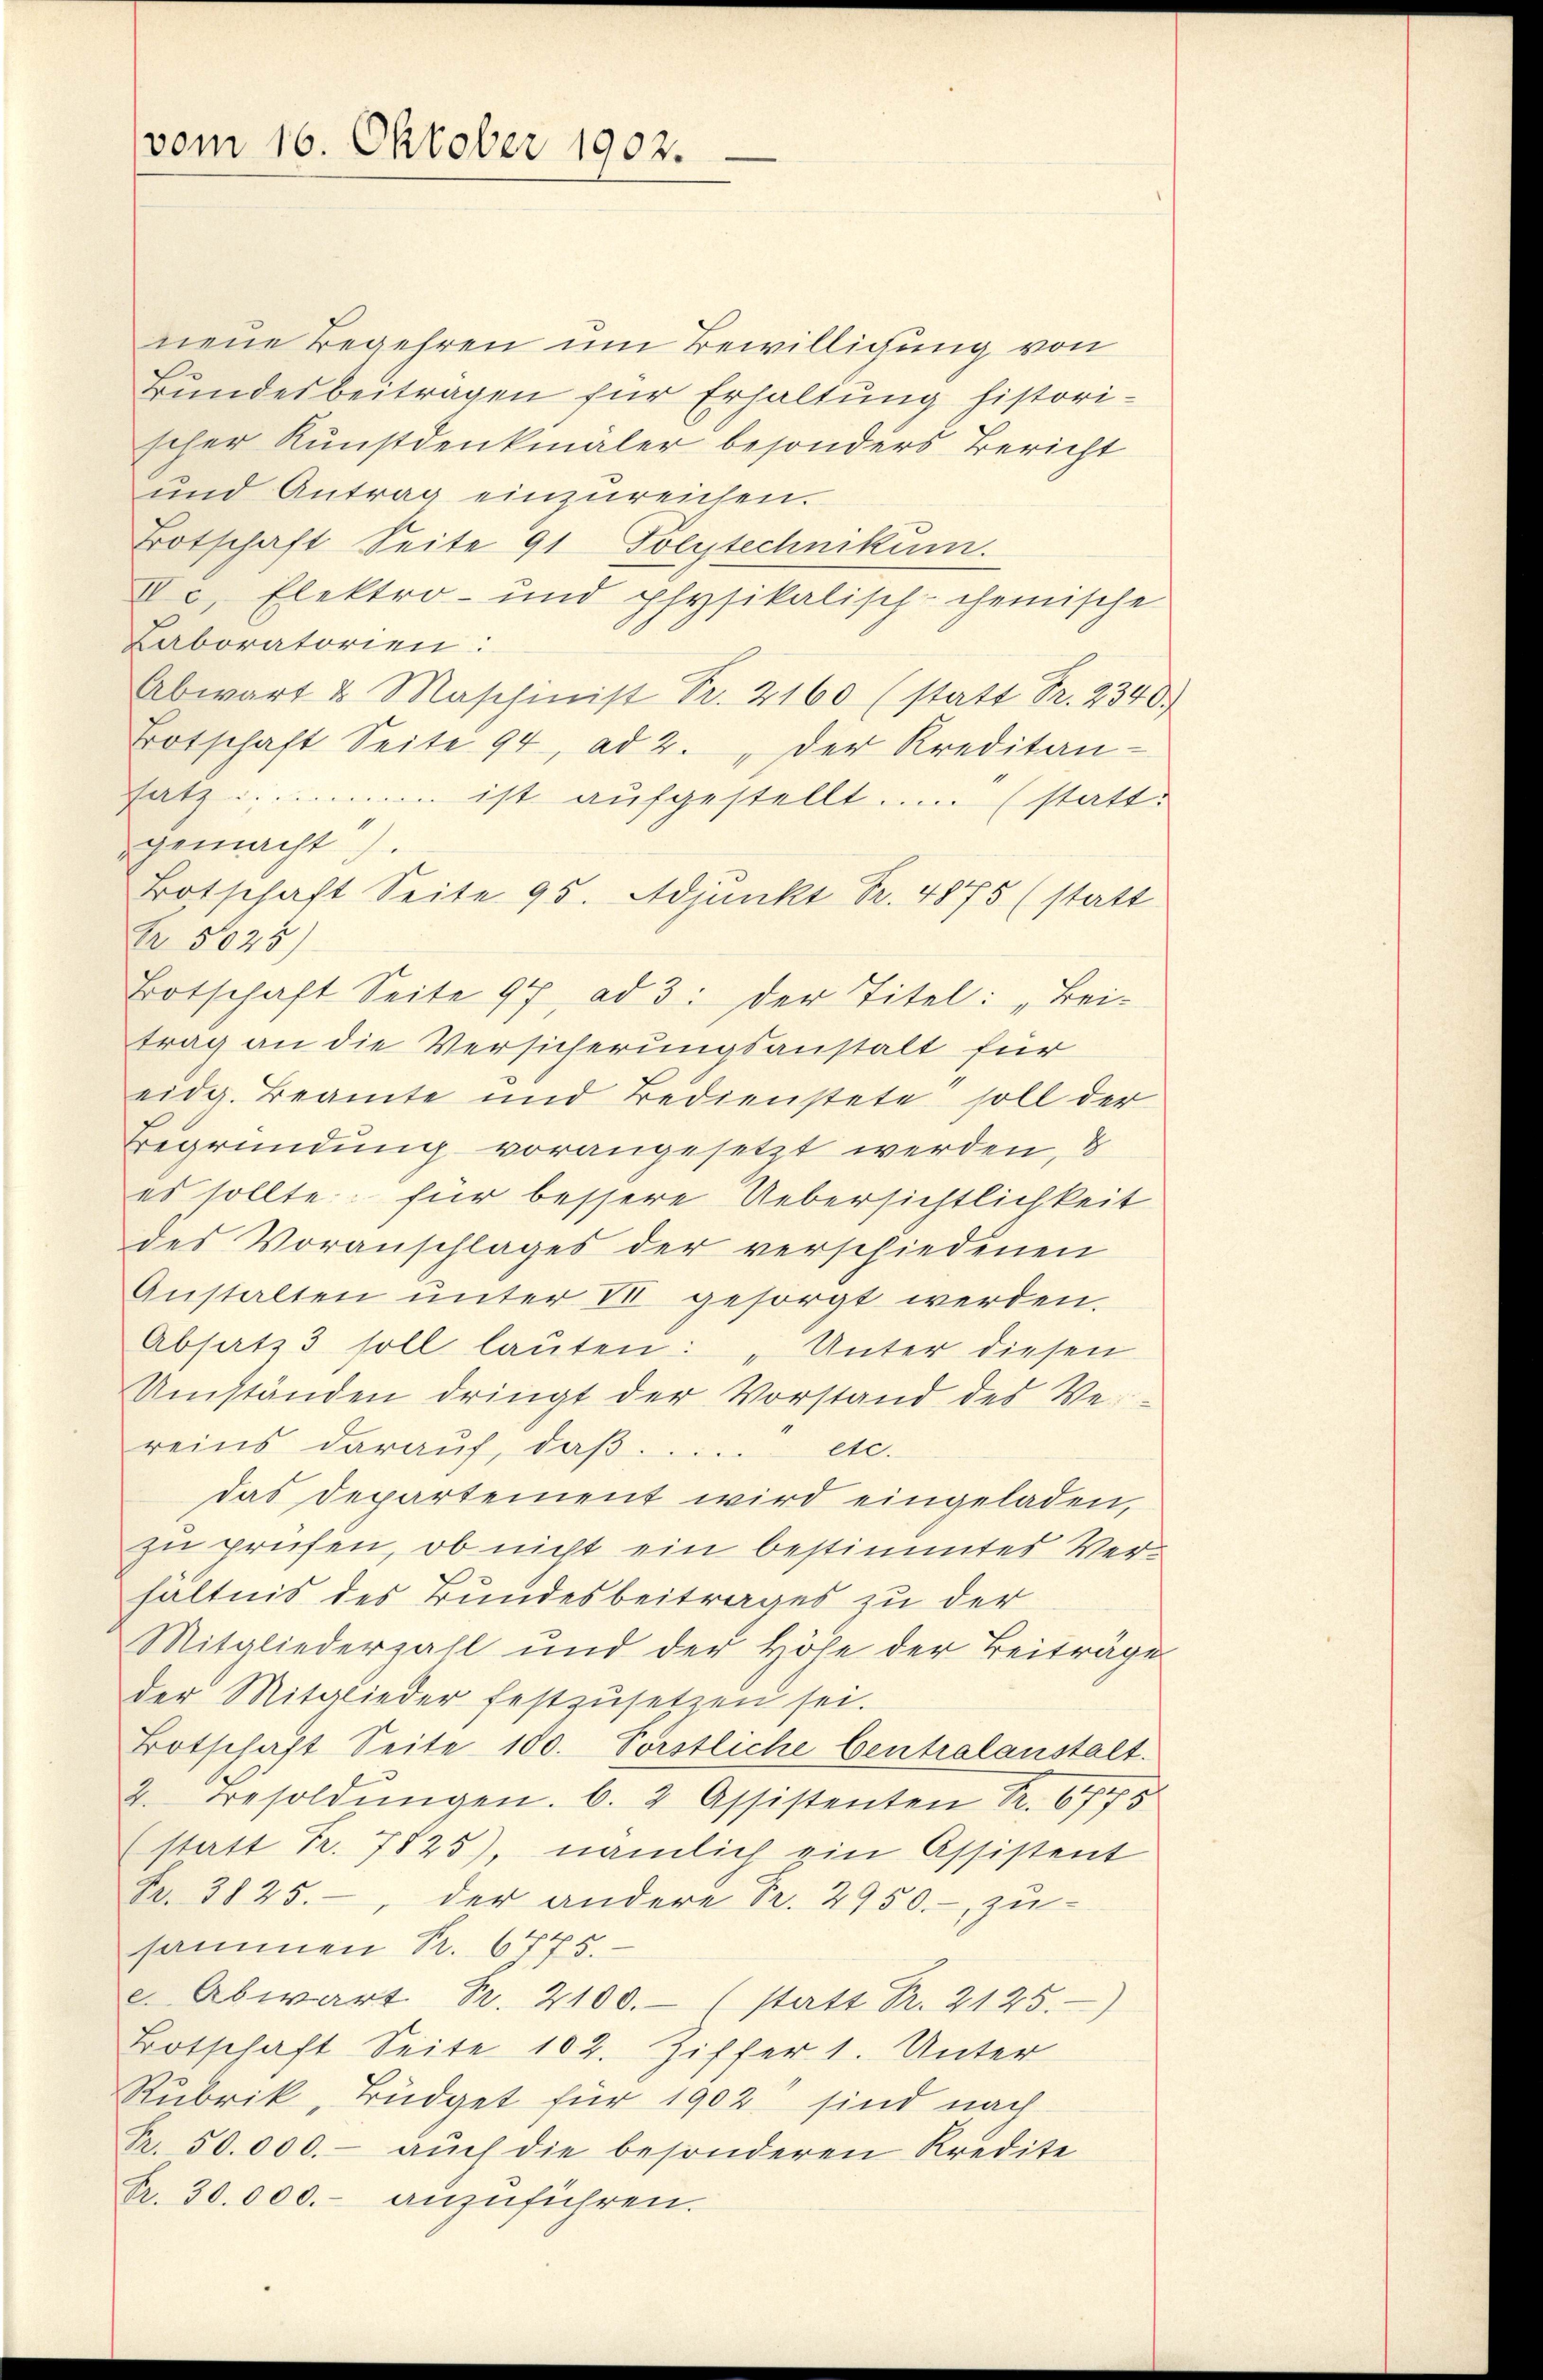
vom 16. Oktober 1902.

neue Begehren um Bewilligung von
Bundesbeiträgen für Erhaltung histori-
scher Kunstdenkmaler besonders Bericht
und Antrag einzureichen.
Botschaft Seite 91 Polytechnikum.
Ec, Elektro- und physikalisch-chemische
Laboratorien:
Abwart & Maschinist Fr. 2160 (statt Fr. 2340.
Botschaft Seite 94, ad 2. " der Kreditan-
satz: ... ist aufgestellt.. ... (statt.
gemacht).
Botschaft Seite 95. Adjunkt Fr. 4875 (statt
Nr. 5025)
Botschaft Seite 97, ad 3: der Titel: „Bei-
trag an die Versicherungsanstalt für
eidg. Beamte und Bedienstete soll der
Begründung vorangesetzt werden, &
es sollte für bessere Uebersichtlichkeit
des Voranschlages der verschiedenen
Anstalten unter VII gesorgt werden.
Absatz 3 soll laŭten: „Unter diesen
Umständen dringt der Vorstand des Ver
reins darauf, daβ ..... etc.
das Departement wird eingeladen,
zu prüfen, ob nicht ein bestimmtes Verhältnis des Bundesbeitrages zu der
Mitgliederzahl und der Höhe der Beiträge
der Mitglieder festzusetzen sei.
Botschaft Seite 100. Förstliche Centralanstalt.
2. Besoldŭngen. b. 2 Assistenten Fr. 6745
(statt Fr. 7825), nämlich ein Assistent
Fr. 3825., der andere Fr. 2950.- zŭ-
sammen Pr. 6775.
e. Abwart Fr. 2100.- (statt Fr. 2125.
Botschaft Seite 102. Ziffer 1. Unter
Rubrik, Budget für 1902 sind nach
R. 50.000.- auch die besonderen Kredite
Fr. 30.000.- anzuführen.